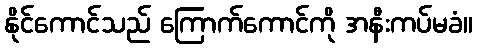
နိုင်ကောင်သည် ကြောက်ကောင်ကို အနီးကပ်မခံ။